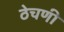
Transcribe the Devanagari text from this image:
ठेचणी